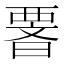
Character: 𭧆